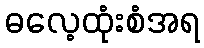
ဓလေ့ထုံးစံအရ